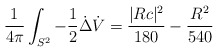
\begin{align*}\frac{1}{4\pi} \int_{S^2} -\frac{1}{2}\dot\Delta \dot V = \frac{|Rc|^2}{180} - \frac{R^2}{540}\end{align*}